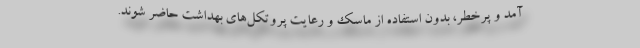
آمد و پرخطر، بدون استفاده از ماسک و رعایت پروتکل‌های بهداشت حاضر شوند.